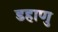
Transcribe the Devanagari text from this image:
डहाणु